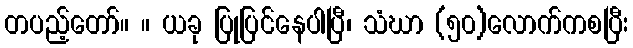
တပည့်တော်။ ။ ယခု ပြုပြင်နေပါပြီ၊ သံဃာ (၅၀)လောက်ကစပြီး